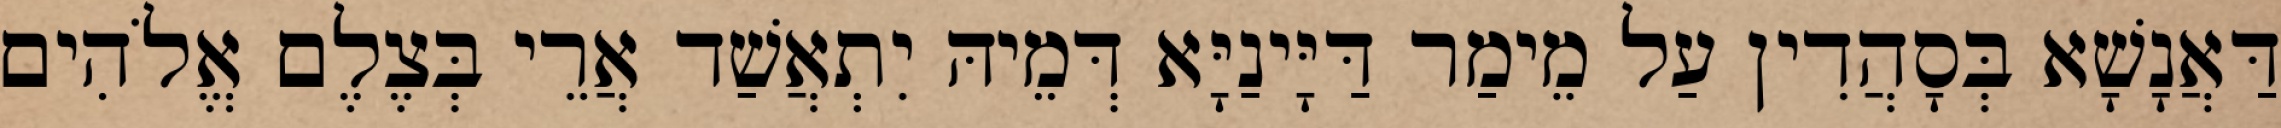
דַּאֲנָשָׁא בְּסָהֲדִין עַל מֵימַר דַּיָּינַיָּא דְּמֵיהּ יִתְאֲשַׁד אֲרֵי בְּצֶלֶם אֱלֹהִים